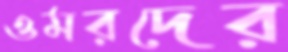
ওমরদের